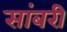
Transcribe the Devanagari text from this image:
सांबरी